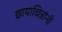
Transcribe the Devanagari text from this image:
छायाचित्रांनी